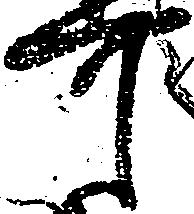
可